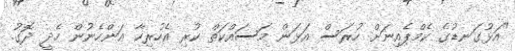
"އަޅުގަނޑުގެ ކެމްޕެއިނަށް ހުރަސް އަޅަން މަސައްކަތް ކުރި އެހުރިހާ އަންހެނުން ހެދީ ދޮގު.